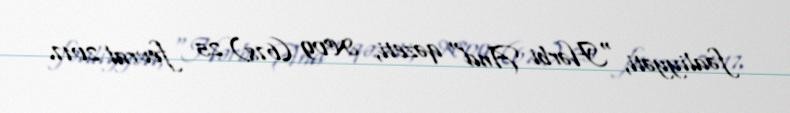
fəaliyyəti, "Hərbi And" qəzeti, №09 (678) 25 fevral 2017.